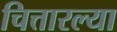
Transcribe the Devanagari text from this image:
चित्तारल्या